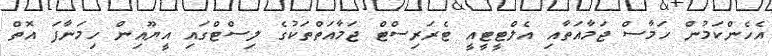
އެހެންކަމުން ހަމާސް ޖަމާއަތާއި އެލްޓީޓީއީ ޓެރަރިސްޓް ޖަމާއަތްތަކުގެ ލިސްޓްގައި އީޔޫއިން ހިމަނާފަ އޮތް